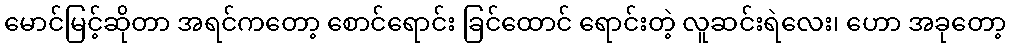
မောင်မြင့်ဆိုတာ အရင်ကတော့ စောင်ရောင်း ခြင်ထောင် ရောင်းတဲ့ လူဆင်းရဲလေး၊ ဟော အခုတော့